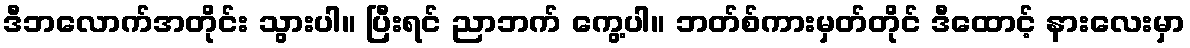
ဒီဘလောက်အတိုင်း သွားပါ။ ပြီးရင် ညာဘက် ကွေ့ပါ။ ဘတ်စ်ကားမှတ်တိုင် ဒီထောင့် နားလေးမှာ